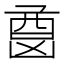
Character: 𫥦